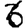
Digit: 6